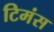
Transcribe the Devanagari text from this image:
टिमंस